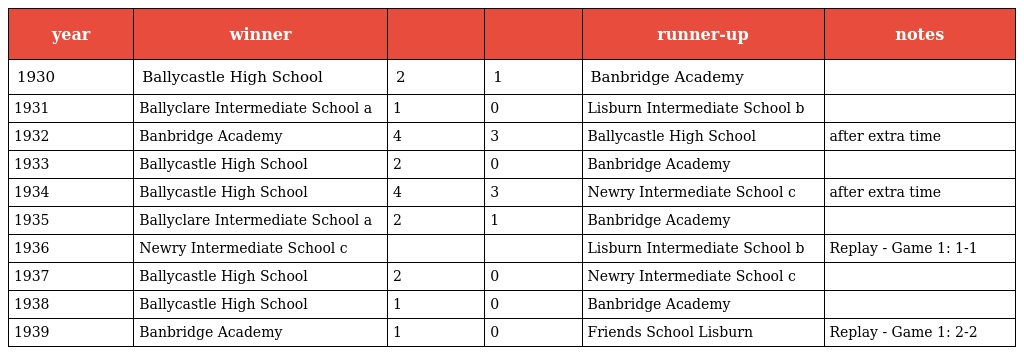
| year | winner |  |  | runner-up | notes |
 | --- | --- | --- | --- | --- | --- |
 | 1930 | Ballycastle High School | 2 | 1 | Banbridge Academy |  |
 | 1931 | Ballyclare Intermediate School a | 1 | 0 | Lisburn Intermediate School b |  |
 | 1932 | Banbridge Academy | 4 | 3 | Ballycastle High School | after extra time |
 | 1933 | Ballycastle High School | 2 | 0 | Banbridge Academy |  |
 | 1934 | Ballycastle High School | 4 | 3 | Newry Intermediate School c | after extra time |
 | 1935 | Ballyclare Intermediate School a | 2 | 1 | Banbridge Academy |  |
 | 1936 | Newry Intermediate School c |  |  | Lisburn Intermediate School b | Replay - Game 1: 1-1 |
 | 1937 | Ballycastle High School | 2 | 0 | Newry Intermediate School c |  |
 | 1938 | Ballycastle High School | 1 | 0 | Banbridge Academy |  |
 | 1939 | Banbridge Academy | 1 | 0 | Friends School Lisburn | Replay - Game 1: 2-2 |